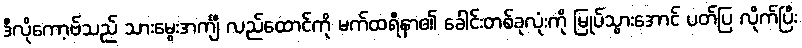
ဒီလိုကော့ဗ်သည် သားမွေးအင်္ကျီ လည်ထောင်ကို မက်ထရီနာ၏ ခေါင်းတစ်ခုလုံးကို မြုပ်သွားအောင် ပတ်ပြ လိုက်ပြီး